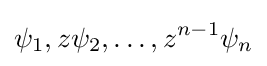
\psi _{1},z\psi _{2},\dots ,z^{n-1}\psi _{n}